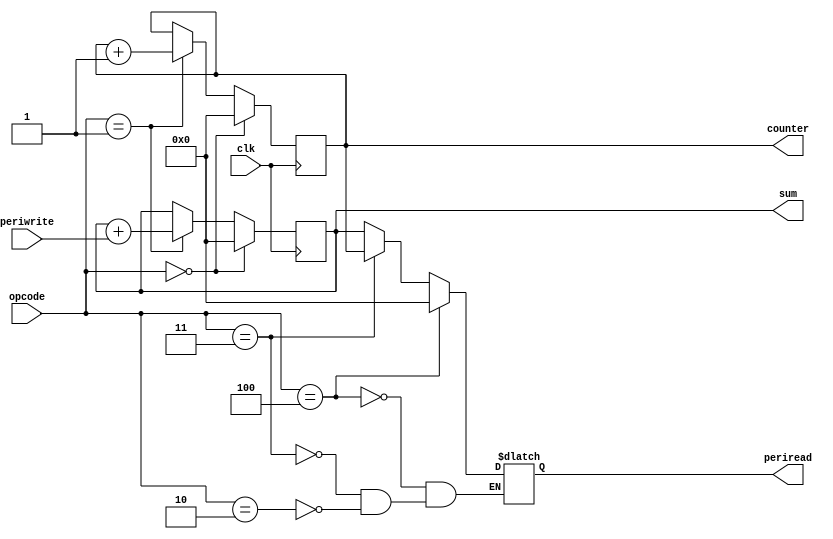
`timescale 1ns / 1ps
//////////////////////////////////////////////////////////////////////////////////
// Company: 
// Engineer: 
// 
// Design Name: 
// Module Name:    peripherl 
// Project Name: 
// Target Devices: 
// Tool versions: 
// Description: 
//
// Dependencies: 
//
// Revision: 
// Revision 0.01 - File Created
// Additional Comments: 
//
//////////////////////////////////////////////////////////////////////////////////
module peripheral(opcode,periwrite,periread,clk,counter,sum
    );
input wire clk;
input wire [2:0] opcode;
input wire [31:0] periwrite;
output reg [31:0] periread;
output reg [31:0] counter;
output reg [31:0] sum;
initial begin
sum<=0;
counter<=0;
end

always@(*)begin
if (opcode==4) begin
periread<=0;
end
else if (opcode==3)begin
periread<=counter;
end

else if (opcode==2)begin
periread<=sum;
end
end

always@(posedge clk)begin
if (opcode==0)begin
sum<=0;
counter<=0; 
end
else if (opcode==1)begin
sum<=sum+periwrite;
counter<=counter+1;
end


end
endmodule